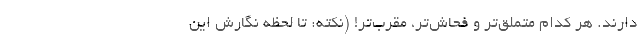
دارند. هر کدام متملق‌تر و فحاش‌تر، مقرب‌تر! (نکته: تا لحظه نگارش این